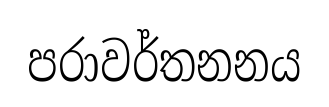
පරාවර්තනනය